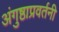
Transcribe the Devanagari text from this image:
अंगुष्ठाप्रवर्तनी